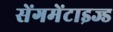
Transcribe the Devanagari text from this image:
सेंगमेंटाइज्ड